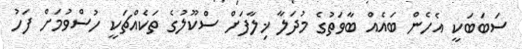
ސަބަބަކީ އެހެން ބައެއް ބާވަތުގެ މުދަލާ ޚިލާފަށް ސްކޫލުގެ ތަކެއްޗަކީ ހުސްވުމަށް ފަހު